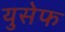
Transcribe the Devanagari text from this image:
युसेफ